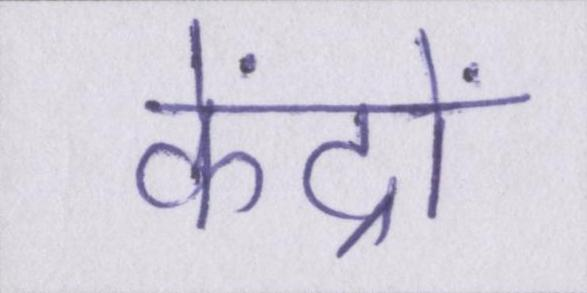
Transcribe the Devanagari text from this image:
केंद्रों